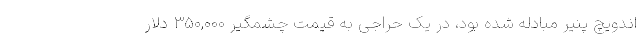
اندویچ پنیر مبادله شده بود، در یک حراجی به قیمت چشمگیر ۳۵۰,۰۰۰ دلار